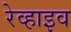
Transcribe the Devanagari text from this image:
रेव्हाइव